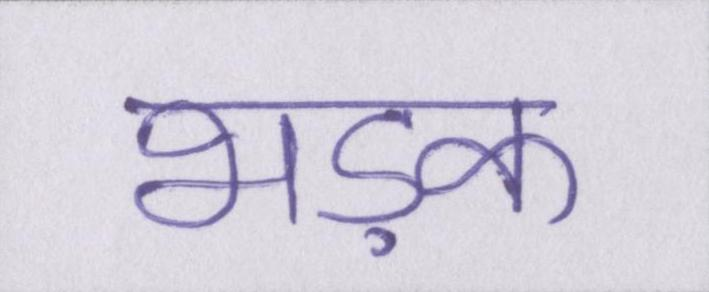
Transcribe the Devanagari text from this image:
भड़क